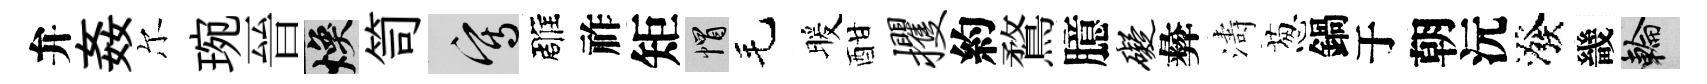
弁姦尔琬晉焕笥寫雕祚矩帽毛暖酣攫約鶩臆碍彜濤葱鍋于朝沅潑畿輪